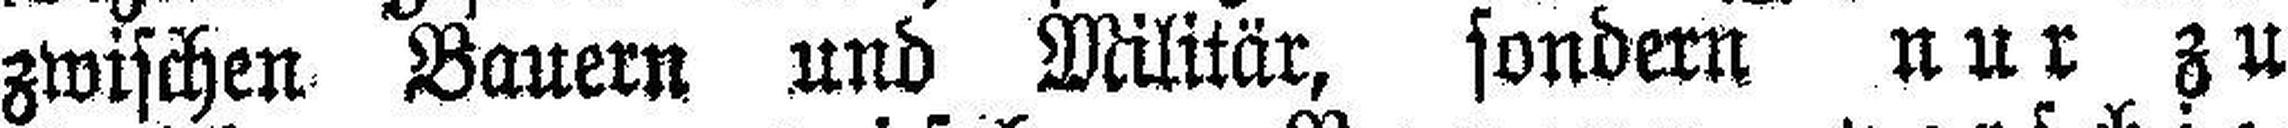
zwischen Bauern und Militär, sondern nur zu